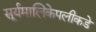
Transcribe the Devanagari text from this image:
सूर्यमालिकेपलीकडे